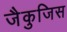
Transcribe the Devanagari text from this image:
जैकुजिस